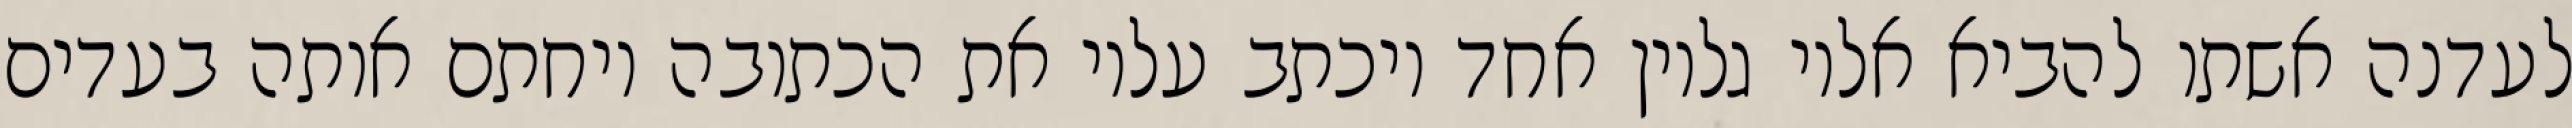
לעדנה אשתו להביא אליו גליון אחד ויכתב עליו את הכתובה ויחתם אותה בעדים